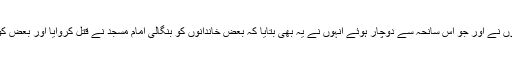
واقعات کے چشم دید گواہوں نے اور جو اس سانحہ سے دوچار ہوئے انہوں نے یہ بھی بتایا کہ بعض خاندانوں کو بنگالی امام مسجد نے قتل کروایا اور بعض کو ہندو دھوبی نے پناہ دی ۔